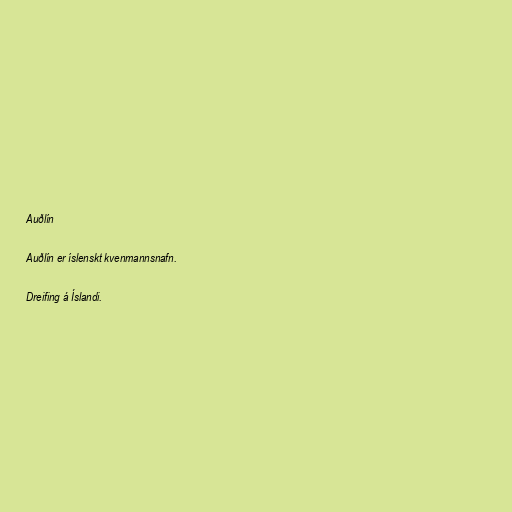
Auðlín

Auðlín er íslenskt kvenmannsnafn.

Dreifing á Íslandi.